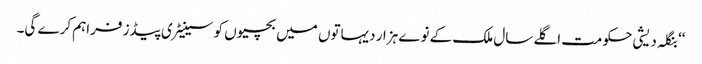
‘‘ بنگلہ دیشی حکومت اگلے سال ملک کے نوے ہزار دیہاتوں میں بچیوں کو سینیٹری پیڈز فراہم کرے گی۔